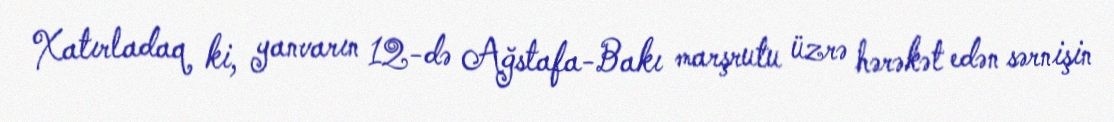
Xatırladaq ki, yanvarın 12-də Ağstafa-Bakı marşrutu üzrə hərəkət edən sərnişin